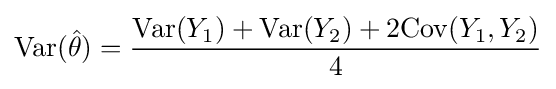
{\text{Var}}({\hat {\theta }})={\frac {{\text{Var}}(Y_{1})+{\text{Var}}(Y_{2})+2{\text{Cov}}(Y_{1},Y_{2})}{4}}